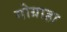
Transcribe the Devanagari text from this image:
गोग्राहा